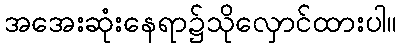
အအေးဆုံးနေရာ၌သိုလှောင်ထားပါ။